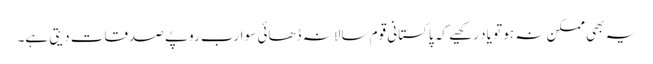
یہ بھی ممکن نہ ہو تو یاد رکھیے کہ پاکستانی قوم سالانہ ڈھائی سو ارب روپے صدقات دیتی ہے۔